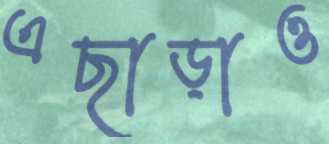
এছাড়াও